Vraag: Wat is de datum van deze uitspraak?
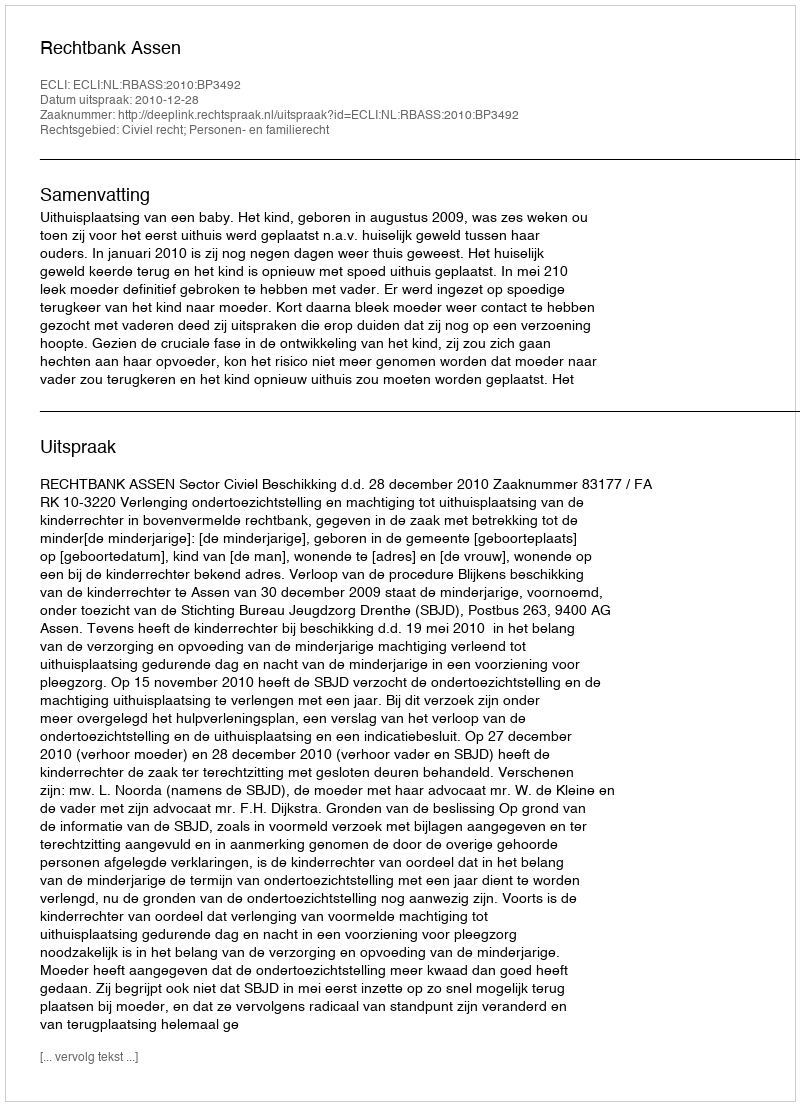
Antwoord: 2010-12-28